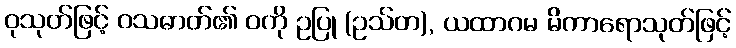
ဝုသုတ်ဖြင့် ဝသဓာတ်၏ ဝကို ဥပြု (ဥသ်တ), ယထာဂမ မိကာရောသုတ်ဖြင့်